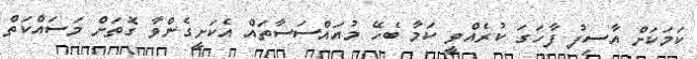
ކަމަކަށް އާސިފު ފާހަގަ ކުރެއްވީ ކަމާ ބެހޭ މުއައްސަސާތައް އެކަށީގެންވާ ގޮތަށް މަސައްކަތް